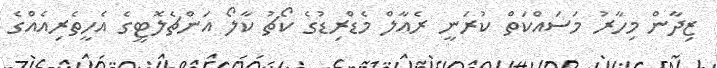
ޒިދާން މިހާރު މަސައްކަތް ކުރަނީ ރެއާލް މެޑްރިޑުގެ ކޯޗު ކާލޯ އަންޗެލޮޓީގެ އެހީތެރިއެއްގެ